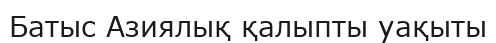
Батыс Азиялық қалыпты уақыты